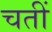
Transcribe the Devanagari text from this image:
चतीं